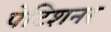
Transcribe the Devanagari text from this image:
पेटिशनर